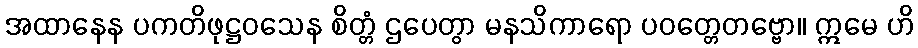
အထာနေန ပကတိဖုဋ္ဌဝသေန စိတ္တံ ဌပေတွာ မနသိကာရော ပဝတ္တေတဗ္ဗော။ ဣမေ ဟိ